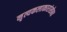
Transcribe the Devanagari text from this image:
नृत्यकलाकारांसोबत